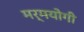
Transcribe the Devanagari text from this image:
मर्मयोगी